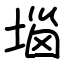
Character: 堖